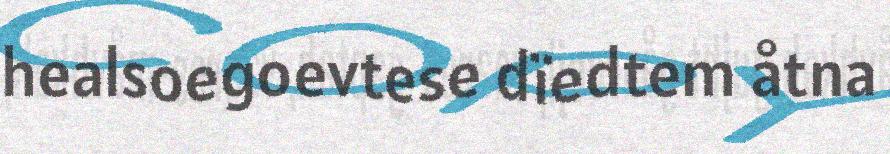
healsoegoevtese dïedtem åtna